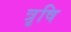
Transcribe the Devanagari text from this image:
त्रृषि